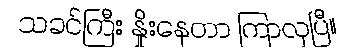
သခင်ကြီး နှိုးနေတာ ကြာလှပြီ။